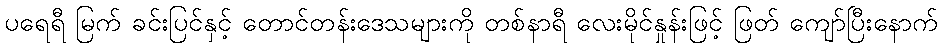
ပရေရီ မြက် ခင်းပြင်နှင့် တောင်တန်းဒေသများကို တစ်နာရီ လေးမိုင်နှုန်းဖြင့် ဖြတ် ကျော်ပြီးနောက်